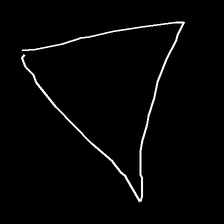
Glyph: convergence